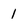
Character: 1